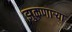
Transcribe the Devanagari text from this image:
झुकणाऱ्या